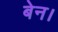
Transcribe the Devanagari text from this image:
बेन।